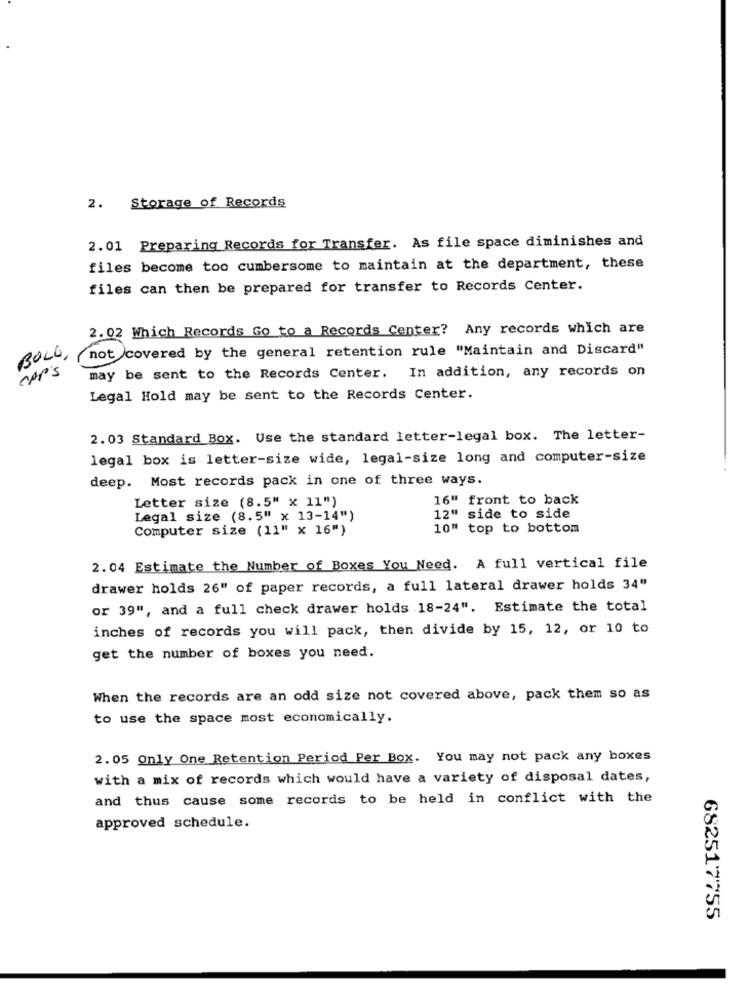
2. Storage of Records
2.01 Preparing Records for Transfer. As file space diminishes and
files become too cumbersome to maintain at the department, these
files can then be prepared for transfer to Records Center.
2.02 Which Records Go to a Records Center? Any records which are
BOLO,
not covered by the general retention rule "Maintain and Discard"
CAP's
may be sent to the Records Center. In addition, any records on
Legal Hold may be sent to the Records Center.
2.03 Standard Box. Use the standard letter-legal box. The letter-
legal box is letter-size wide, legal-size long and computer-size
deep. Most records pack in one of three ways.
Letter size (8.5" x 11")
16" front to back
Legal size (8.5" x 13-14")
12" side to side
Computer size (11" x 16")
10" top to bottom
2.04 Estimate the Number of Boxes You Need. A full vertical file
drawer holds 26" of paper records, a full lateral drawer holds 34"
or 39", and a full check drawer holds 18-24". Estimate the total
inches of records you will pack, then divide by 15, 12, or 10 to
get the number of boxes you need.
When the records are an odd size not covered above, pack them so as
to use the space most economically.
2.05 Only One Retention Period Per Box. You may not pack any boxes
with a mix of records which would have a variety of disposal dates,
and thus cause some records to be held in conflict with the
approved schedule.
682517755